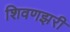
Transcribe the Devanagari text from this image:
शिवणझरी